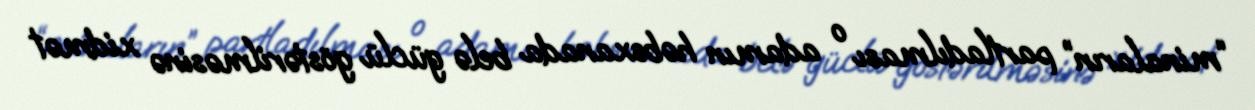
“minaların” partladılması o adamın həbsxanada belə güclü göstərilməsinə xidmət